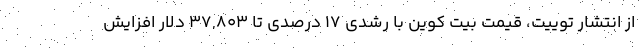
از انتشار توییت، قیمت بیت کوین با رشدی ۱۷ درصدی تا ۳۷,۸۰۳ دلار افزایش